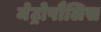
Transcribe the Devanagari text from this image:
मेट्रोपौलिस